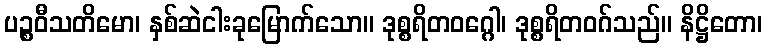
ပဉ္စဝီသတိမော၊ နှစ်ဆဲငါးခုမြောက်သော။ ဒုစ္စရိတဝဂ္ဂေါ၊ ဒုစ္စရိတဝဂ်သည်။ နိဋ္ဌိတော၊